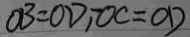
O B = O D , O C = O D